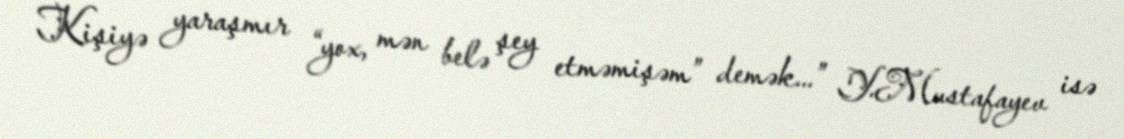
Kişiyə yaraşmır “yox, mən belə şey etməmişəm” demək...” Y.Mustafayev isə